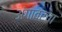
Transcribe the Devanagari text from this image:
अंगावरचा